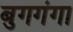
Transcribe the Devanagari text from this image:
बुगगंगा